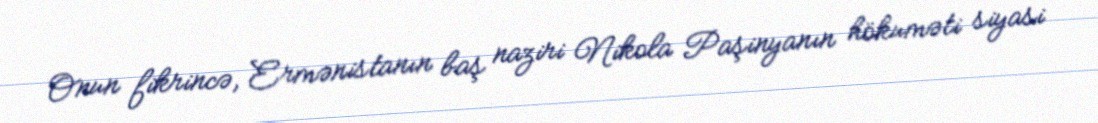
Onun fikrincə, Ermənistanın baş naziri Nikola Paşinyanın hökuməti siyasi